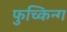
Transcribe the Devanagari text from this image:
फुच्किन्ग